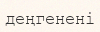
деңгенені